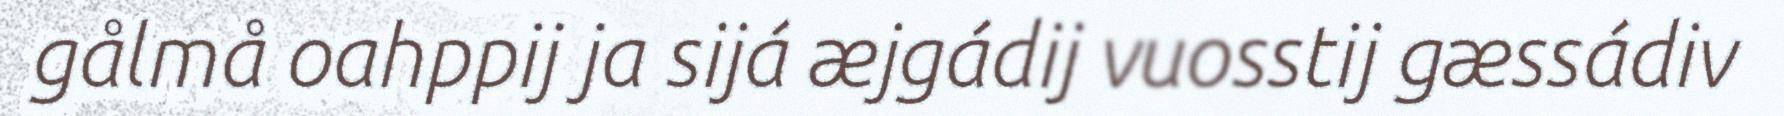
gålmå oahppij ja sijá æjgádij vuosstij gæssádiv